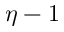
\eta - 1